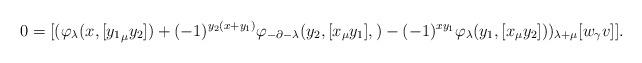
LaTeX: \begin{align*}0= [(\varphi_{\lambda}(x, [{y_1}_\mu y_2])+ (-1)^{y_2(x+ y_1)}\varphi_{-\partial - \lambda}(y_2, [x_\mu y_1], )- (-1)^{xy_1}\varphi_\lambda(y_1, [ x_\mu y_2]))_{\lambda+ \mu}[w_\gamma v]].\end{align*}